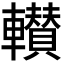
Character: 𮝰